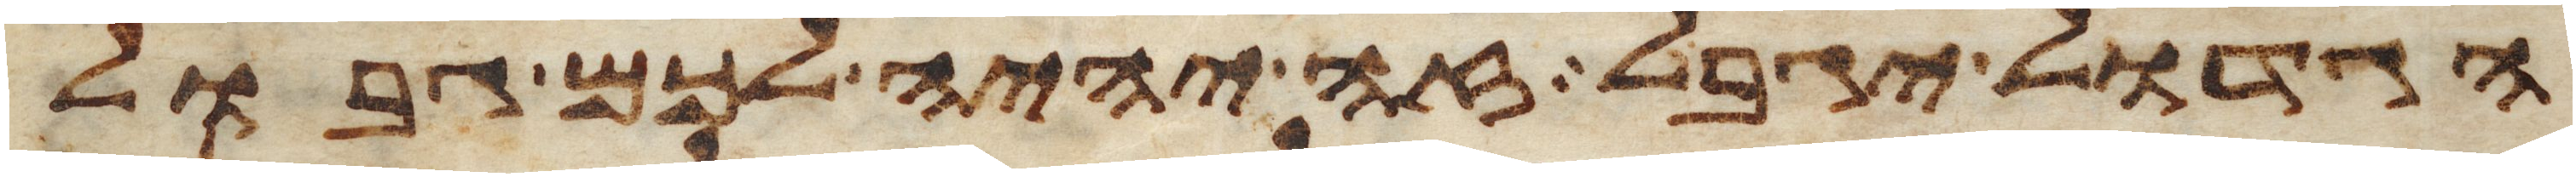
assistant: הגדול יגבל זה יהיה לכם גבול